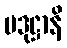
ပဒုဋ္ဌာနိ